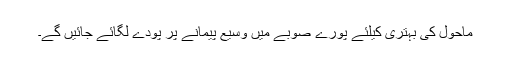
ماحول کی بہتری کیلئے پورے صوبے میں وسیع پیمانے پر پودے لگائے جائیں گے۔